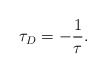
\begin{align*}\tau_D=-{1\over \tau}.\end{align*}